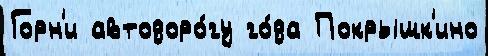
Горн'и автодоро́гу го́да Покрышк'ино